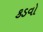
કડવો